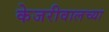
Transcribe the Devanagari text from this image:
केजरीवालच्या